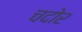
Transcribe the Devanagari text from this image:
चदोर